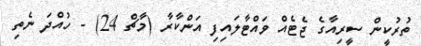
ތުރުކީން ސީރިއާގެ ޖެޓެއް ވައްޓާލައިފި އަންކާރާ (މާޗް 24) - ހުއްދަ ނެތި